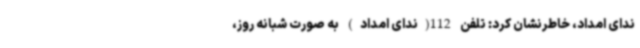
ندای امداد، خاطرنشان کرد: تلفن 112(ندای امداد) به صورت شبانه روز،